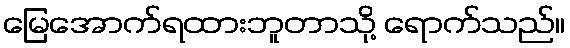
မြေအောက်ရထားဘူတာသို့ ရောက်သည်။